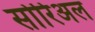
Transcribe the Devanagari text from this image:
सोरिअल